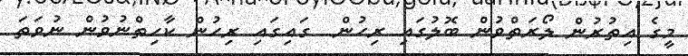
މީގެ އިތުރުން ލޯރަތްވުން ބޮލުގައި ރިހުން  ގައިގައި ރިހުން ކާހިތްނުވުން ނުވަތަ